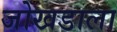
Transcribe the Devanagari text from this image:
जोखडाला